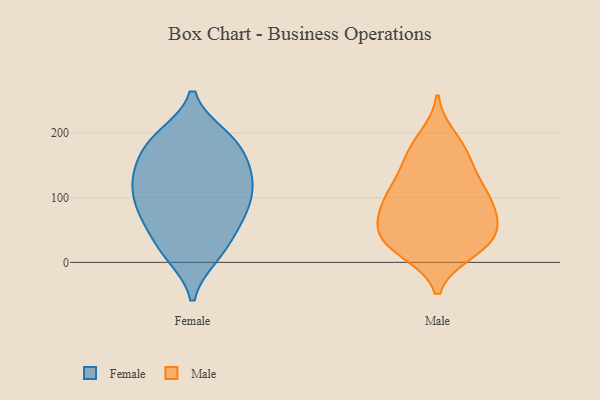
{"axis": {"x": "Market Share (%)", "y": "Value"}, "legend": ["Female", "Male"], "data": [{"x": "", "y": 113, "type": "Female"}, {"x": "", "y": 18, "type": "Female"}, {"x": "", "y": 194, "type": "Female"}, {"x": "", "y": 15, "type": "Female"}, {"x": "", "y": 134, "type": "Female"}, {"x": "", "y": 140, "type": "Female"}, {"x": "", "y": 92, "type": "Female"}, {"x": "", "y": 137, "type": "Female"}, {"x": "", "y": 122, "type": "Female"}, {"x": "", "y": 71, "type": "Female"}, {"x": "", "y": 78, "type": "Female"}, {"x": "", "y": 190, "type": "Female"}, {"x": "", "y": 189, "type": "Female"}, {"x": "", "y": 63, "type": "Female"}, {"x": "", "y": 11, "type": "Female"}, {"x": "", "y": 131, "type": "Female"}, {"x": "", "y": 178, "type": "Female"}, {"x": "", "y": 50, "type": "Female"}, {"x": "", "y": 179, "type": "Female"}, {"x": "", "y": 87, "type": "Female"}, {"x": "", "y": 192, "type": "Male"}, {"x": "", "y": 17, "type": "Male"}, {"x": "", "y": 172, "type": "Male"}, {"x": "", "y": 95, "type": "Male"}, {"x": "", "y": 88, "type": "Male"}, {"x": "", "y": 107, "type": "Male"}, {"x": "", "y": 59, "type": "Male"}, {"x": "", "y": 43, "type": "Male"}, {"x": "", "y": 87, "type": "Male"}, {"x": "", "y": 103, "type": "Male"}, {"x": "", "y": 61, "type": "Male"}, {"x": "", "y": 142, "type": "Male"}, {"x": "", "y": 25, "type": "Male"}, {"x": "", "y": 21, "type": "Male"}, {"x": "", "y": 35, "type": "Male"}, {"x": "", "y": 170, "type": "Male"}, {"x": "", "y": 44, "type": "Male"}, {"x": "", "y": 132, "type": "Male"}]}